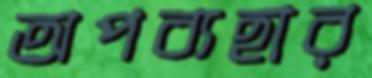
অপব্যহার